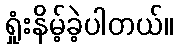
ရှုံးနိမ့်ခဲ့ပါတယ်။